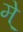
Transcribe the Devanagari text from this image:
मे्